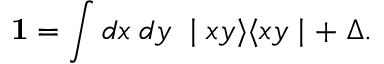
{ \textbf 1 } = \int d x \; d y \; \mid x y \rangle \langle x y \mid + \; \Delta .